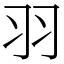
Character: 羽